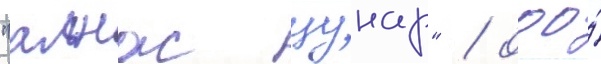
"алнас цунар" / ооо́